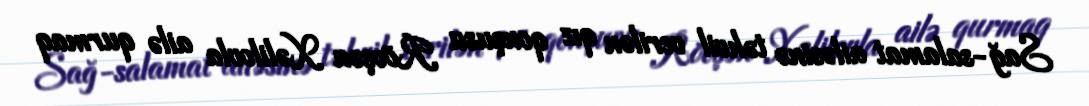
Sağ-salamat ailəsinə təhvil verilən qız qonşusu Rövşən Xəlilovla ailə qurmaq